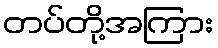
တပ်တို့အကြား